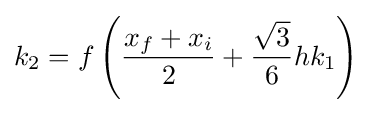
k_{2}=f\left({\frac {x_{f}+x_{i}}{2}}+{\frac {\sqrt {3}}{6}}hk_{1}\right)